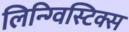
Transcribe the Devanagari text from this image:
लिन्ग्विस्टिक्स